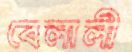
বেলালী